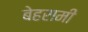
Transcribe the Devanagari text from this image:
बेहरामी